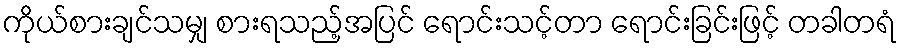
ကိုယ်စားချင်သမျှ စားရသည့်အပြင် ရောင်းသင့်တာ ရောင်းခြင်းဖြင့် တခါတရံ